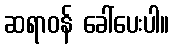
ဆရာဝန် ခေါ်ပေးပါ။